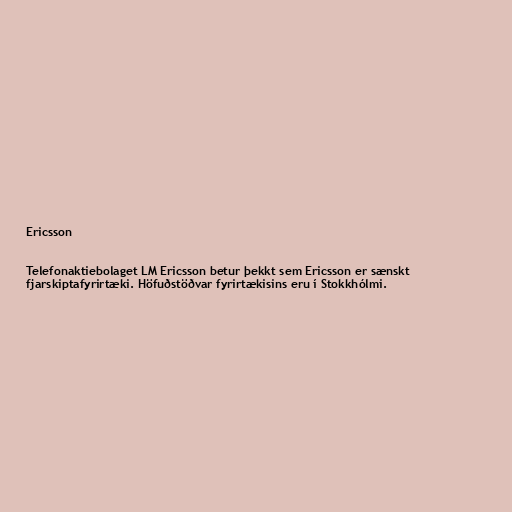
Ericsson

Telefonaktiebolaget LM Ericsson betur þekkt sem Ericsson er sænskt
fjarskiptafyrirtæki. Höfuðstöðvar fyrirtækisins eru í Stokkhólmi.